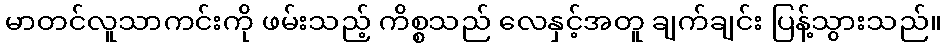
မာတင်လူသာကင်းကို ဖမ်းသည့် ကိစ္စသည် လေနှင့်အတူ ချက်ချင်း ပြန့်သွားသည်။